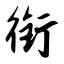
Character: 衔